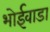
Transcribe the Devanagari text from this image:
भोईवाडा